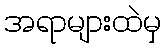
အရာများထဲမှ